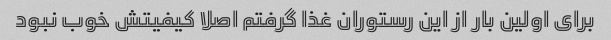
برای اولین بار از این رستوران غذا گرفتم اصلا کیفیتش خوب نبود